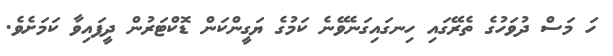
ހަ މަސް ދުވަހުގެ ތެރޭގައި ހިނގައިގަނެވޭނެ ކަމުގެ ޔަގީންކަން ޑޮކްޓަރުން ދީފައިވާ ކަމަށެވެ.